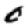
Digit: 0